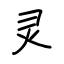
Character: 灵